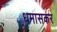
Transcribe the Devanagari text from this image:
धमासकर